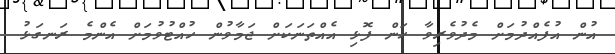
އުން އުފެއްދުމަށް މެދުވެރިވާ ހަން ފޮޅި އެއްތަނަކަށް ޖަމާވުން ހުއްޓުވުމަށް އެންމެ ރަނގަޅު